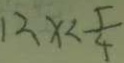
1 2 x < \frac { 5 } { 4 }